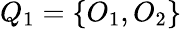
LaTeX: Q_{1}=\{ O_{1},O_{2}\}